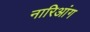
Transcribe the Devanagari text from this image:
नारिआंग